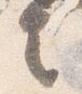
言